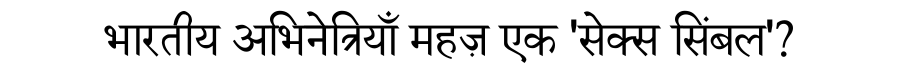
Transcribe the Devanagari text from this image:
भारतीय अभिनेत्रियाँ महज़ एक 'सेक्स सिंबल'?